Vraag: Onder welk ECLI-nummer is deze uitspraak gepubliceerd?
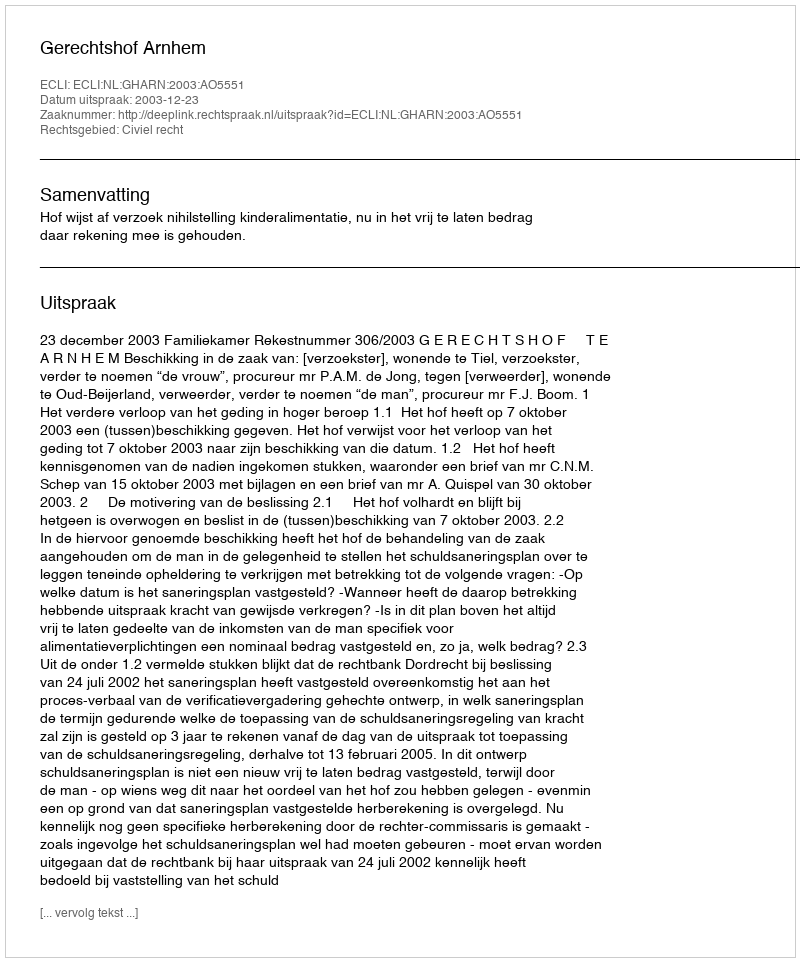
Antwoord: ECLI:NL:GHARN:2003:AO5551